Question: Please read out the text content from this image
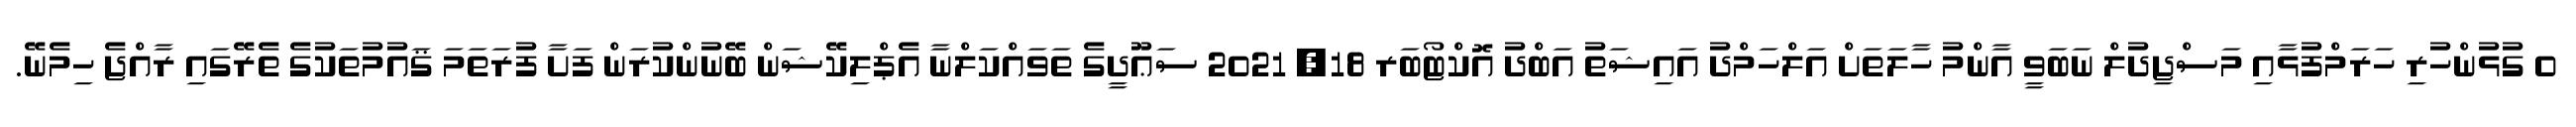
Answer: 0 ގުޅުންހުރި ހަރަމްފުޅާއި މަސްޖިދުލް ނަބަވީ އާންމު ހާލަތަށް އަލްހަމްދު އައިޝަތު އަބްދު އޮކްޓޯބަރ 18, 2021 ސަޢޫދީގެ ތަވައްކަލްނާ އެޕްލިކޭޝަން ބޭނުންކުރަން ފަށާ ފުރަތަމަ ޤައުމުތަކުގެ ތެރޭގައި ރާއްޖެ ހިމެނޭ.